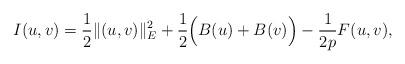
LaTeX: \begin{align*}I(u,v)=\frac{1}{2}\|(u,v)\|_{E}^{2}+\frac{1}{2}\Big(B(u)+B(v)\Big)-\frac{1}{2p}F(u,v),\end{align*}